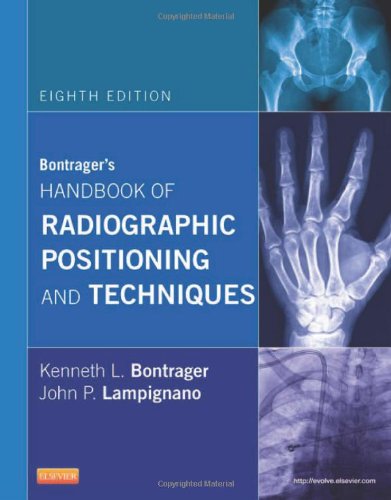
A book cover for Bontrager's Handbook of Radiographic Positioning and Techniques, 8e; Kenneth L. Bontrager MA  RT(R); Medical Books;